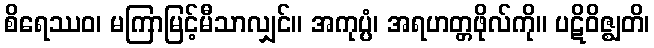
စိရေဿဝ၊ မကြာမြင့်မီသာလျှင်။ အကုပ္ပံ၊ အရဟတ္တဖိုလ်ကို။ ပဋိဝိဇ္ဈတိ၊